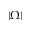
| \Omega |